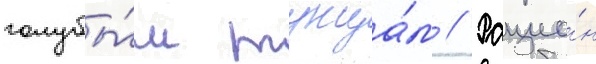
голубы́м тунца́м // Рацио́н